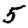
Digit: 5